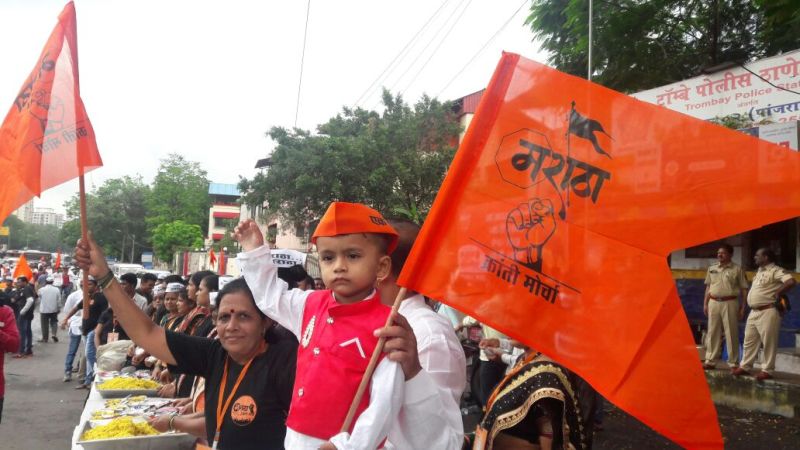
Language: marathi
Transcription: मराठा पोलीस ठाणे क्रांती मोर्चा